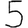
Digit: 5